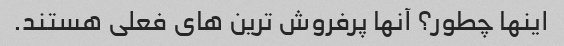
اینها چطور؟ آنها پرفروش ترین های فعلی هستند.